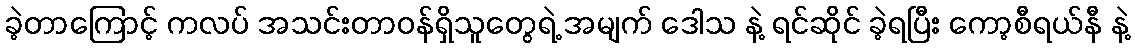
ခဲ့တာကြောင့် ကလပ် အသင်းတာဝန်ရှိသူတွေရဲ့ အမျက် ဒေါသ နဲ့ ရင်ဆိုင် ခဲ့ရပြီး ကော့စီရယ်နီ နဲ့